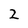
Character: 2